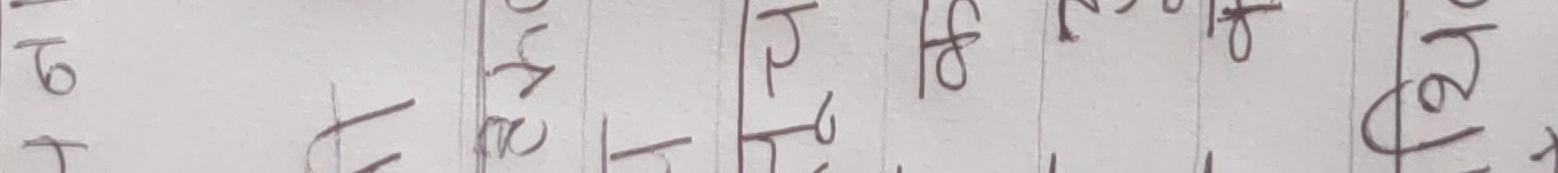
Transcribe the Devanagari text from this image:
१ ७ ५ ढ ढ् ढ ठ ४ ड
+ ८ ६ फ ट ० ड ८ ढ